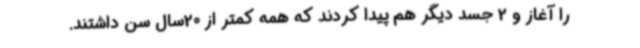
را آغاز و 2 جسد دیگر هم پیدا کردند که همه کمتر از 20سال سن داشتند.